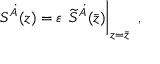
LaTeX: S ^ { \dot { \cal A } } ( z ) = \varepsilon \, \left. \widetilde S ^ { \dot { \cal A } } ( \bar { z } ) \right| _ { z = \bar { z } } ~ ,